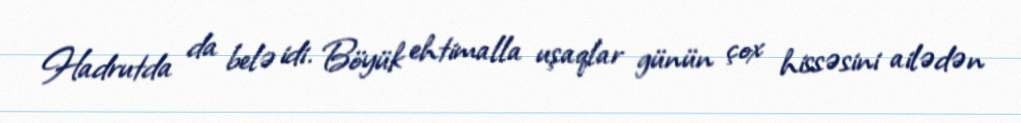
Hadrutda da belə idi. Böyük ehtimalla uşaqlar günün çox hissəsini ailədən